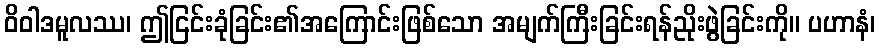
ဝိဝါဒမူလဿ၊ ဤငြင်းခုံခြင်း၏အကြောင်းဖြစ်သော အမျက်ကြီးခြင်းရန်ညိုးဖွဲခြင်းကို။ ပဟာနံ၊